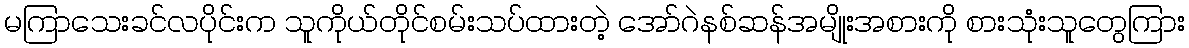
မကြာသေးခင်လပိုင်းက သူကိုယ်တိုင်စမ်းသပ်ထားတဲ့ အော်ဂဲနစ်ဆန်အမျိုးအစားကို စားသုံးသူတွေကြား